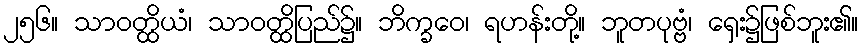
၂၅၆။ သာဝတ္ထိယံ၊ သာဝတ္ထိပြည်၌။ ဘိက္ခဝေ၊ ရဟန်းတို့။ ဘူတပုဗ္ဗံ၊ ရှေး၌ဖြစ်ဘူး၏။